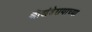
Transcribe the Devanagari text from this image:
श्रीखंडेरायाच्या